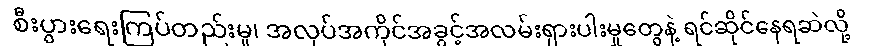
စီးပွားရေးကြပ်တည်းမှု၊ အလုပ်အကိုင်အခွင့်အလမ်းရှားပါးမှုတွေနဲ့ ရင်ဆိုင်နေရဆဲလို့